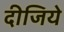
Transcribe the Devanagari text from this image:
दीजिये